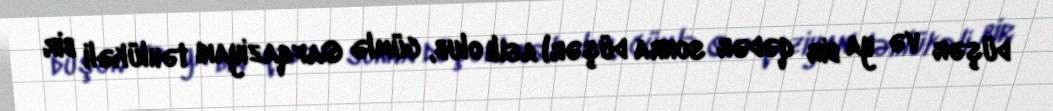
düşər və ya bir qədər sonra düşər) asılı olub, cümlə Qafqaziyanı təhlükəli bir